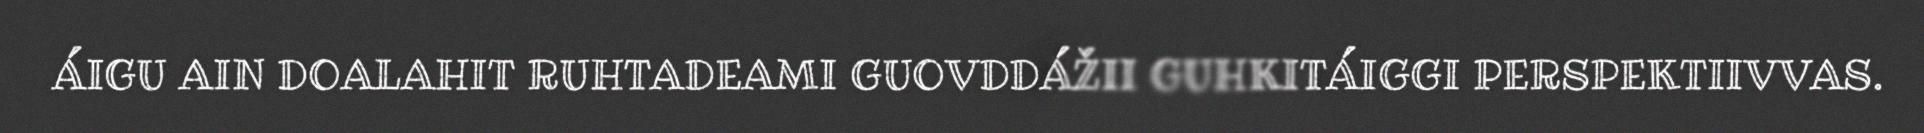
ÁIGU AIN DOALAHIT RUHTADEAMI GUOVDDÁŽII GUHKITÁIGGI PERSPEKTIIVVAS.